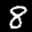
Label: 8